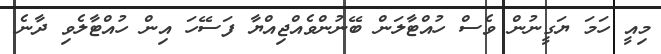
މިއީ ހަމަ ޔަގީނުން ވެސް ހުއްޓާލަން ބޭނުންވެއްޖިއްޔާ ފަސޭހަ އިން ހުއްޓާލެވި ދާނެ